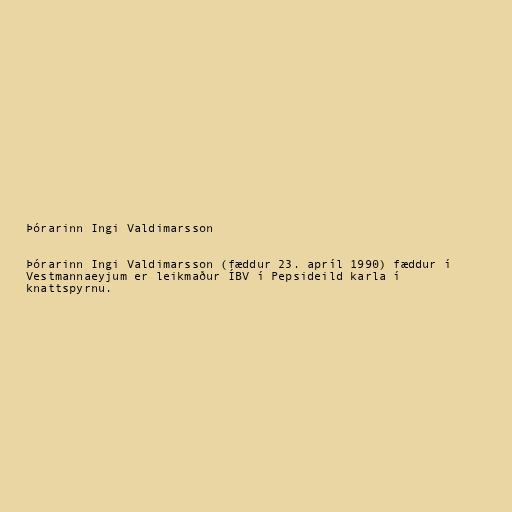
Þórarinn Ingi Valdimarsson

Þórarinn Ingi Valdimarsson (fæddur 23. apríl 1990) fæddur í
Vestmannaeyjum er leikmaður ÍBV í Pepsideild karla í
knattspyrnu.